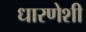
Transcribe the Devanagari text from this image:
धारणेशी